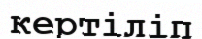
кертіліп